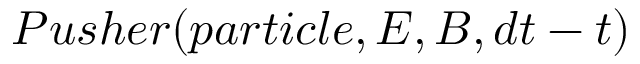
P u s h e r ( p a r t i c l e , E , B , d t - t )